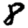
Digit: 8